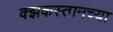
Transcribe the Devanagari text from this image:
क्झकस्तानच्या